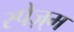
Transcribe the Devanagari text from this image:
स्पैज़्म